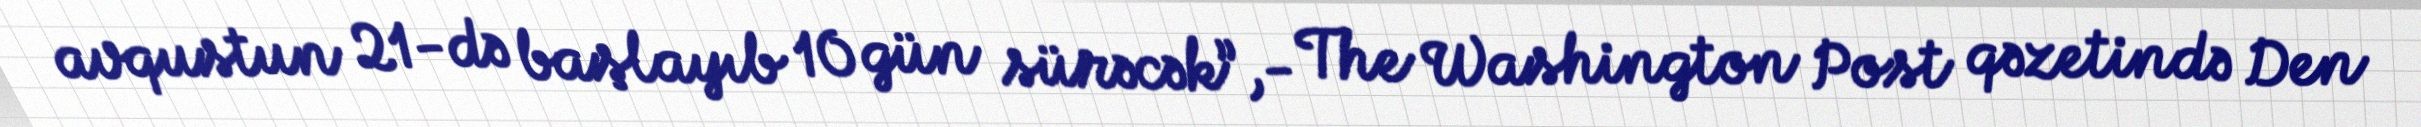
avqustun 21-də başlayıb 10 gün sürəcək”,- The Washington Post qəzetində Den